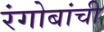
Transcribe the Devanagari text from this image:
रंगोबांची